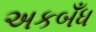
અકબઁધ